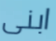
ابنى